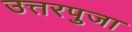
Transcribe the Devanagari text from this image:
उत्तरपुजा